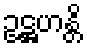
ဥဋ္ဌဟန္တိ